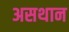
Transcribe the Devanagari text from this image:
असथान